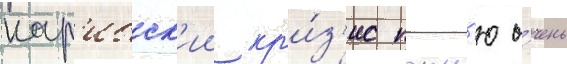
кар'ибск'ии кр'и́з'ис помн'ю о́чень